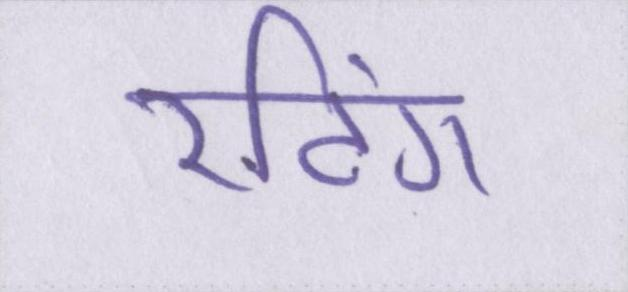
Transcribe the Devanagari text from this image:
रटिंग